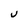
Character: U